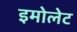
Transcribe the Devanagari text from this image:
इमोलेट